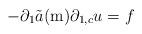
LaTeX: \begin{align*}-\partial_{1}\tilde{a}(\mathrm{m})\partial_{1,c}u=f\end{align*}